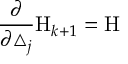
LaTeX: \frac \partial { \partial \triangle _ { j } } \mathrm { H } _ { k + 1 } = \mathrm { H }